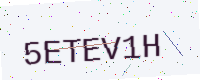
Text: 5ETEV1H